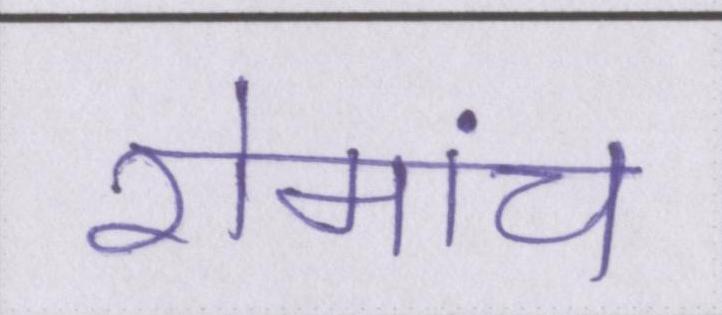
रोमांच